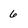
Character: 6